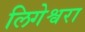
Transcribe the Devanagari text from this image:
लिगेश्वरा